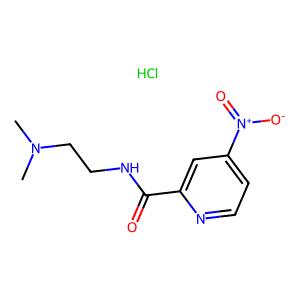
SMILES: CN(C)CCNC(=O)c1cc([N+](=O)[O-])ccn1.Cl
Inhibits HIV replication: No